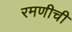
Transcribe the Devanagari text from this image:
रमणीची